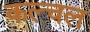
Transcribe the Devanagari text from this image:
कल्चल